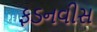
ફડનવીસ